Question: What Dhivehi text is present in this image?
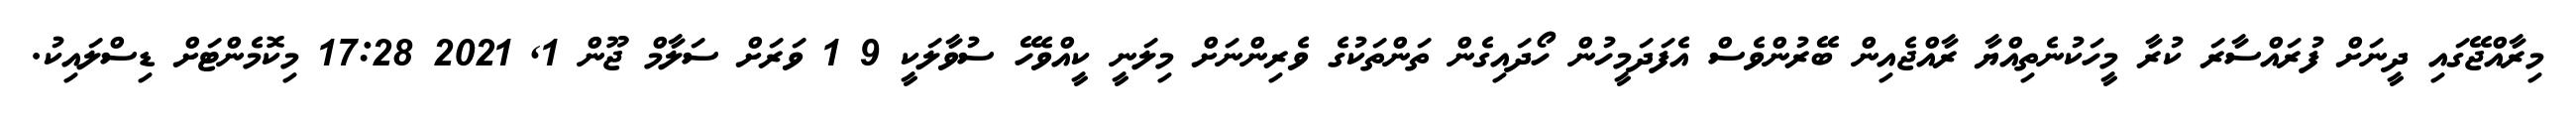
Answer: މިރާއްޖޭގައި ދީނަށް ފުރައްސާރަ ކުރާ މީހަކުނެތިއްޔާ ރާއްޖެއިން ބޭރުންވެސް އެފަދަމީހުން ހޯދައިގެން ތަންތަކުގެ ވެރިންނަށް މިލަނީ ކީއްވެހޭ ސުވާލަކީ 9 1 ވަރަށް ސަލާމް ޖޫން 1, 2021 17:28 މިކޮމެންޓަށް ޑިސްލައިކު.